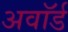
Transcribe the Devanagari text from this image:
अवाॅर्ड